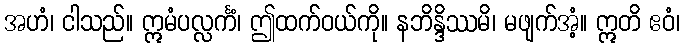
အဟံ၊ ငါသည်။ ဣမံပလ္လင်္ကံ၊ ဤထက်ဝယ်ကို။ နဘိန္ဒိဿမိ၊ မဖျက်အံ့။ ဣတိ ဧဝံ၊